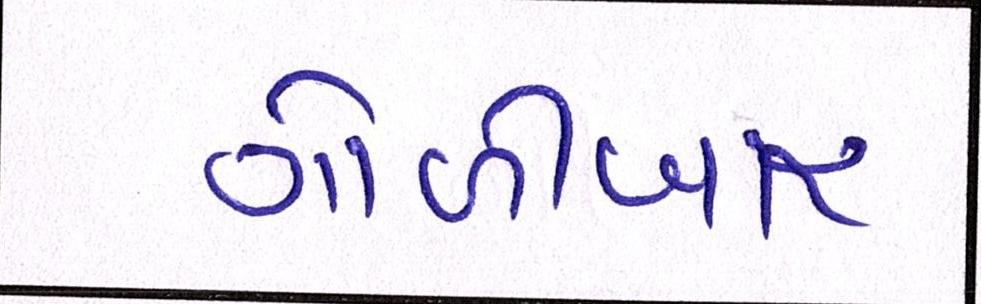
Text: ગોળીબાર